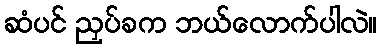
ဆံပင် ညှပ်ခက ဘယ်လောက်ပါလဲ။